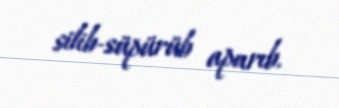
silib-süpürüb aparıb.